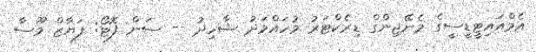
އެމްއައިޓީޑީސީގެ މެނޭޖިންގް ޑިރެކްޓަރު މުހައްމަދު ޝާހިދު -- ސަން ފޮޓޯ: ފަޔާޒް މޫސާ